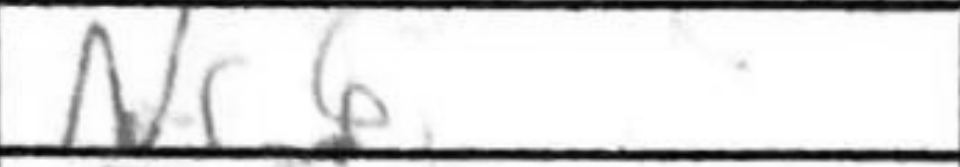
Transcription: Nc6